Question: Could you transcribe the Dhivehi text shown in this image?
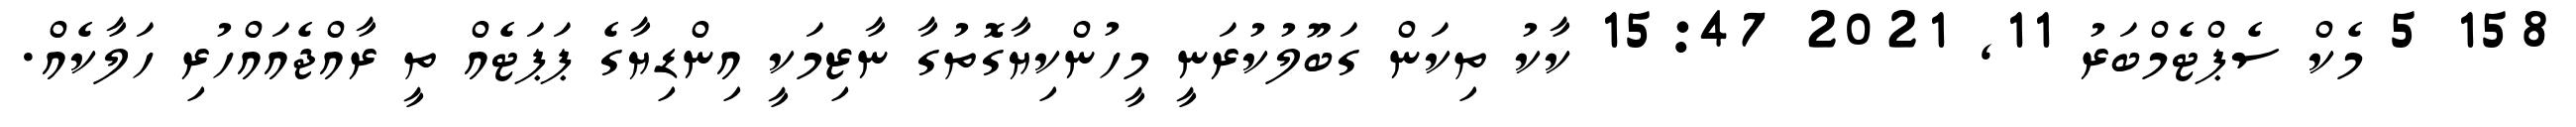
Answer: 158 5 މެކް ސެޕްޓެމްބަރު 11, 2021 15:47 ކާކު ތިކަން ގަބޫލުކުރަނީ މީހުންކިޔާގޮތުގާ ނާޒިމަކީ އިންޑިޔާގެ ޕަޕަޓެއް ތީ ރާއްޖެއައްހުރި ހަލާކެއް.